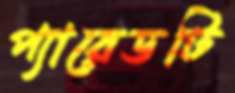
প্যারেডটি